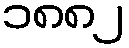
၁၈၈၂